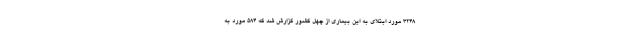
۳۲۴۸ مورد ابتلای به این بیماری از چهل کشور گزارش شد که ۵۸۴ مورد به